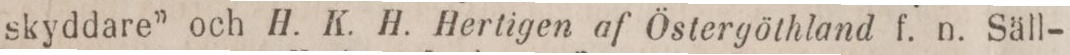
skyddare” och H. K. H. Hertigen af Östergöthland f. n. Säll-